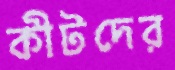
কীটদের